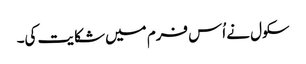
سکول نے اُس فرم میں شکایت کی۔